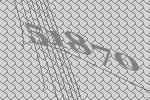
51870